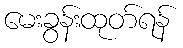
မေးခွန်းထုတ်ရန်